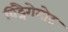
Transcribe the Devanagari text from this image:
विट्नैगेमोट